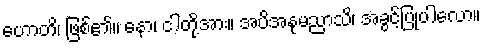
ဟောတိ၊ ဖြစ်၏။ နော၊ ငါတို့အား။ အပိအနုမညာသိ၊ အခွင့်ပြုပါလော။